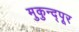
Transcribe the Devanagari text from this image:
मुकुन्द्पूर